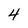
Character: 4